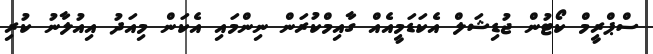
ސްޕްރީމް ކޯޓުން ޖުޑިޝަލް އެކަޑަމީއެއް ގާއިމްކުރަން ނިންމައި އެކަން މިއަދު އިއުލާނު ކުރި